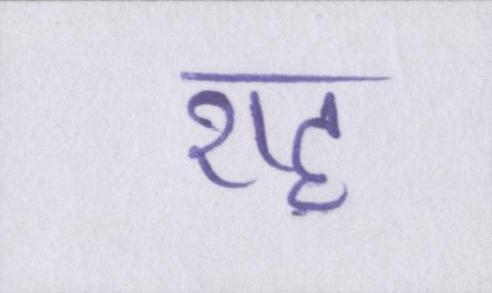
राह